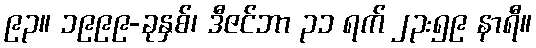
၉၃။ ၁၉၉၉-ခုနှစ်၊ ဒီဇင်ဘာ ၃၁ ရက် ၂၃:၅၉ နာရီ။